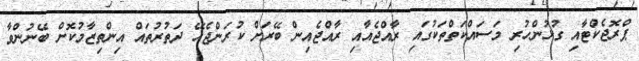
ޕްރޮޖެކްޓާއި ގުޅުންހުރި މަސައްކަތްތަކުގައި ރާއްޖެއާއި ރާއްޖެއިން ބޭރަށް ކުރަންޖެހޭ ދަތުރުތައް އިންތިޒާމުުކޮށް ބޭނުންވާ